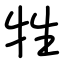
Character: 牲